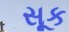
સૂક